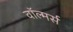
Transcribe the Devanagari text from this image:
वॉल्मर्स